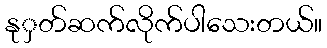
နုှတ်ဆက်လိုက်ပါသေးတယ်။